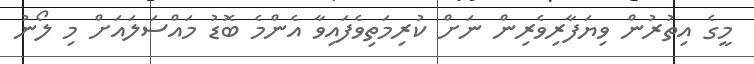
މީގެ އިތުރުން ވިޔަފާރިވެރިން ނަށް ކުރިމަތިވެފައިވާ އެންމެ ބޮޑު މައްސަލައަށް މި ލޯނު